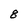
Character: 8